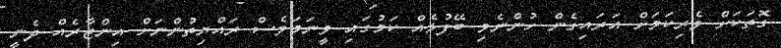
ގޮތަކަށް ވެރިކަމަށް އަރައިގެން ހުންނެވި ބޭފުޅެއް ކަމުގައި ވީނަމަވެސް ރައްޔިތުންނަށް އިންޒާރެއް ދެނީ